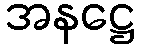
အနဋ္ဌေ